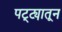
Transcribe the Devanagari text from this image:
पट्ट्यातून